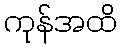
ကုန်အထိ